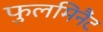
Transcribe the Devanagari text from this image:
फुलमिनैंट